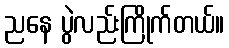
ညနေ ပွဲလည်းကြိုက်တယ်။